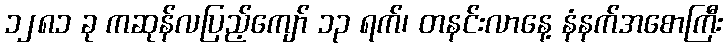
၁၂၈၁ ခု ကဆုန်လပြည့်ကျော် ၁၃ ရက်၊ တနင်းလာနေ့ နံနက်အစောကြီး